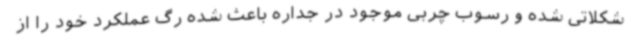
شکلاتی شده و رسوب چربی موجود در جداره باعث شده رگ عملکرد خود را از